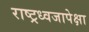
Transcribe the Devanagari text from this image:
राष्ट्रध्वजापेक्षा